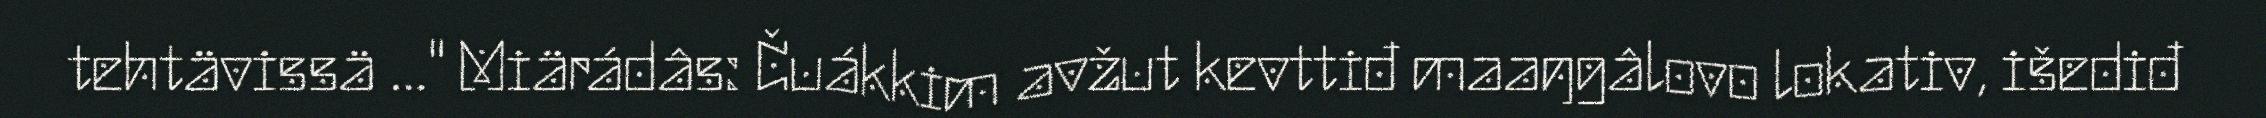
tehtävissä …" Miärádâs: Čuákkim avžut kevttiđ maaŋgâlovo lokativ, išediđ